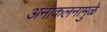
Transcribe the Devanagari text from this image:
अनाकलनामुळे